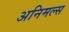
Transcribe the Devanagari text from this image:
अनिमल्स